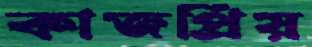
কাজপ্রিয়